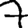
Digit: 7